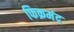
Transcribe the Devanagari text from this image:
फिक्रमंद